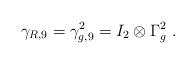
LaTeX: \begin{align*}\gamma_{R,9}=\gamma_{g,9}^2=I_2\otimes \Gamma_g^2~.\end{align*}